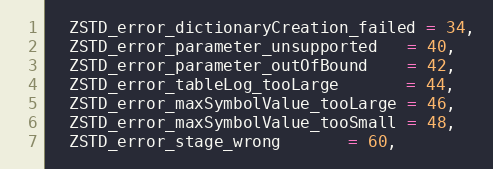
Language: C
  ZSTD_error_dictionaryCreation_failed = 34,
  ZSTD_error_parameter_unsupported   = 40,
  ZSTD_error_parameter_outOfBound    = 42,
  ZSTD_error_tableLog_tooLarge       = 44,
  ZSTD_error_maxSymbolValue_tooLarge = 46,
  ZSTD_error_maxSymbolValue_tooSmall = 48,
  ZSTD_error_stage_wrong       = 60,